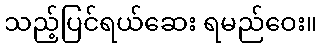
သည့်ပြင်ရယ်ဆေး ရမည်ဝေး။